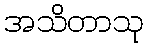
အသိတာသု